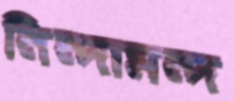
নিন্দামন্দ